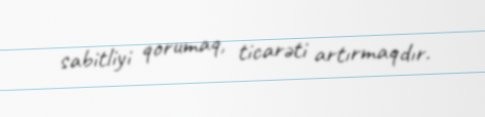
sabitliyi qorumaq, ticarəti artırmaqdır.